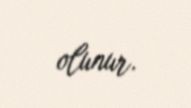
olunur.